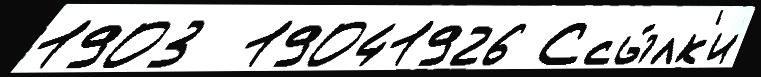
1903  19041926 Ссы́лк'и